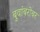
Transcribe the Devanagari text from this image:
बुवांबरोबर